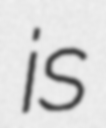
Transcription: is